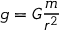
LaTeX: g = G { \frac { m } { r ^ { 2 } } }